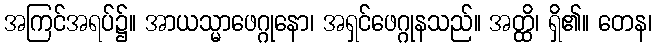
အကြင်အရပ်၌။ အာယသ္မာဖေဂ္ဂုနော၊ အရှင်ဖေဂ္ဂုနသည်။ အတ္ထိ၊ ရှိ၏။ တေန၊